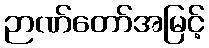
ဉာဏ်တော်အမြင့်